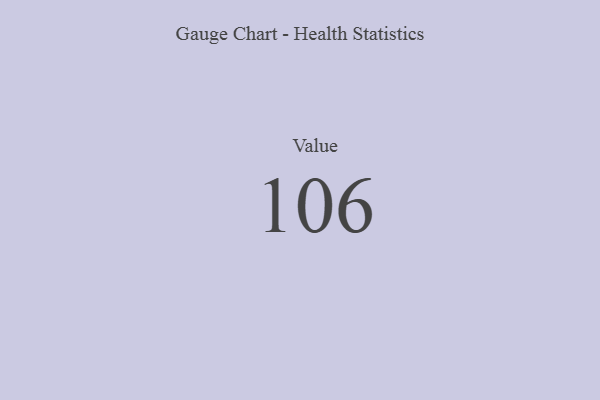
{"axis": {"x": "Metric", "y": "Value"}, "legend": [""], "data": [{"x": "Value", "y": 106, "type": ""}]}